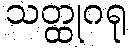
သတ္ထုဂရု